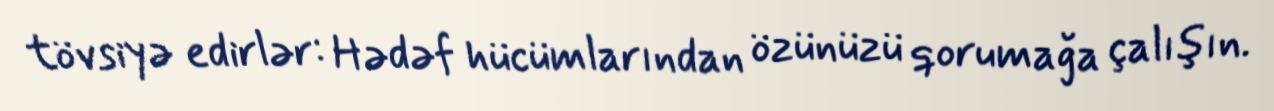
tövsiyə edirlər: Hədəf hücümlarından özünüzü qorumağa çalışın.